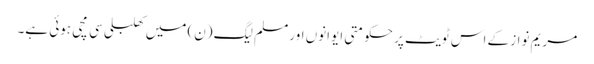
مریم نواز کے اس ٹویٹ پر حکومتی ایوانوں اور مسلم لیگ (ن) میں کھلبلی سی مچی ہوئی ہے۔